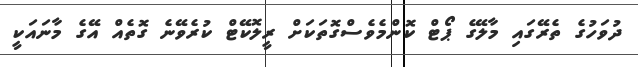
ދުވަހުގެ ތެރޭގައި މާލޭގެ ޕޯޓް ކޮންމެވެސްގޮތަކަށް ރީލޮކޭޓް ކުރެވޭނެ ގޮތެއް އޭގެ މާނައަކީ